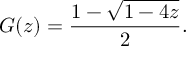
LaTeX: G ( z ) = { \frac { 1 - { \sqrt { 1 - 4 z } } } { 2 } } .